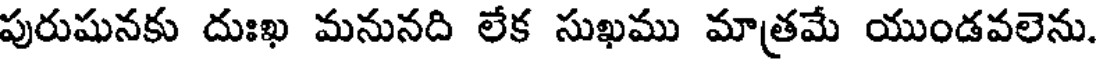
పురుషునకు దుఃఖ మనునది లేక సుఖము మాత్రమే యుండవలెను.